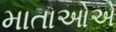
માતાઓએ